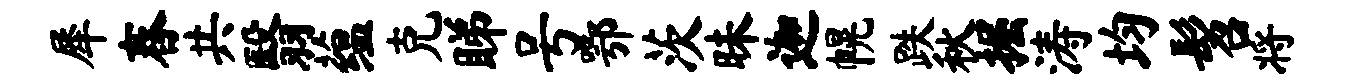
犀舂共翳蕴克睇号鄂茨昧迦幌跌秋掘涛均髫将